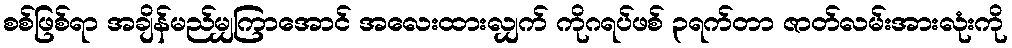
စစ်ဖြစ်ရာ အချိန်မည်မျှကြာအောင် အလေးထားလျှက် ကိုဂရပ်ဖစ် ၃ရက်တာ ဇာတ်လမ်းအားလုံးကို